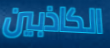
الكاذبين